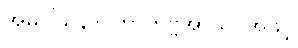
အဓိဝါသနာပဟာတဗ္ဗအာသဝအဖွင့်